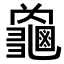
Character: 𮯜